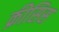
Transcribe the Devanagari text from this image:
क्रीसिस